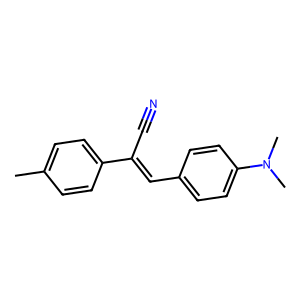
SMILES: Cc1ccc(C(C#N)=Cc2ccc(N(C)C)cc2)cc1
Inhibits HIV replication: No